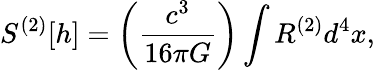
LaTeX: S^{(2)}[h]=\left({\frac{c^{3}}{16\pi G}}\right)\int R^{(2)}d^{4}x,